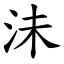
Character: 沬